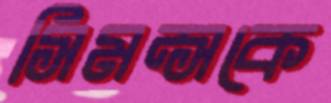
সিমন্সকে